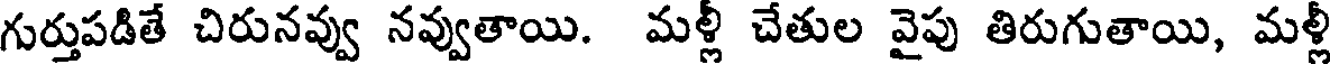
గుర్తుపడితే చిరునవ్వు నవ్వుతాయి. మళ్లీ చేతుల వైపు తిరుగుతాయి, మళ్లీ